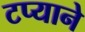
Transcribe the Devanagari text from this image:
टप्याने